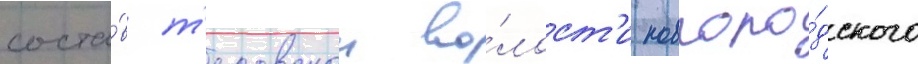
соста́в т'есовскои во́лост'и новгоро́дского